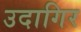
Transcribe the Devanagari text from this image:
उदागिर